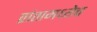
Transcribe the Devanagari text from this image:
प्रांतामध्येच